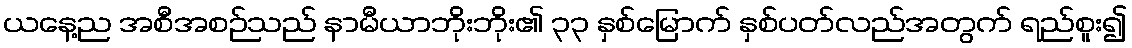
ယနေ့ည အစီအစဉ်သည် နာမီယာဘိုးဘိုး၏ ၃၃ နှစ်မြောက် နှစ်ပတ်လည်အတွက် ရည်စူး၍